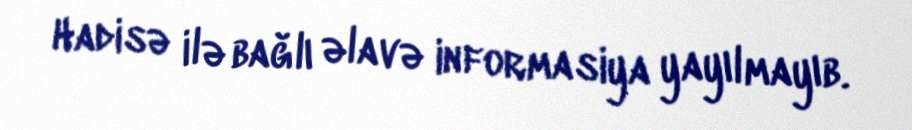
Hadisə ilə bağlı əlavə informasiya yayılmayıb.